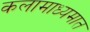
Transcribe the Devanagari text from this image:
कलामाध्यमात